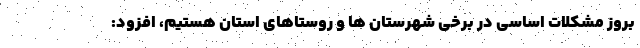
بروز مشکلات اساسی در برخی شهرستان ها و روستاهای استان هستیم، افزود: